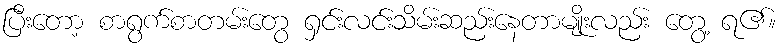
ပြီးတော့ စာရွက်စာတမ်းတွေ ရှင်းလင်းသိမ်းဆည်းနေတာမျိုးလည်း တွေ့ ရ၏။